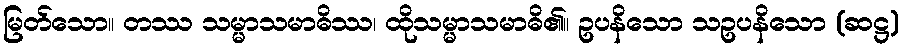
မြတ်သော။ တဿ သမ္မာသမာဓိဿ၊ ထိုသမ္မာသမာဓိ၏။ ဥပနိသော သဥပနိသော (ဆဋ္ဌ)